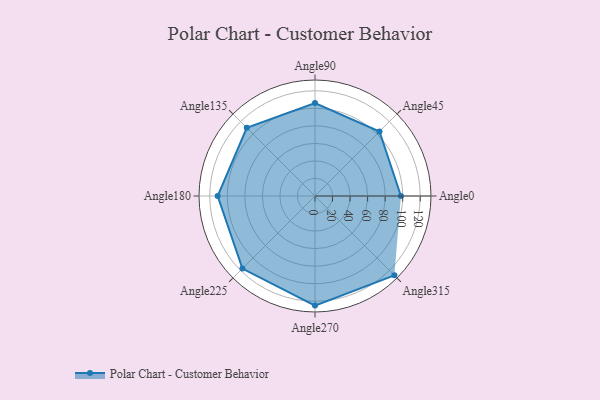
{"axis": {"x": "Angle", "y": "Radius"}, "legend": [""], "data": [{"x": "Angle0", "y": 98.0, "type": ""}, {"x": "Angle45", "y": 104.0, "type": ""}, {"x": "Angle90", "y": 106.0, "type": ""}, {"x": "Angle135", "y": 110.0, "type": ""}, {"x": "Angle180", "y": 111.0, "type": ""}, {"x": "Angle225", "y": 117.0, "type": ""}, {"x": "Angle270", "y": 125.0, "type": ""}, {"x": "Angle315", "y": 128.0, "type": ""}]}